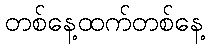
တစ်နေ့ထက်တစ်နေ့